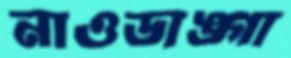
নাওডাঙ্গা